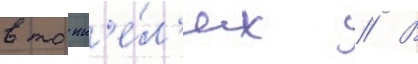
в тонн'е́л'ях // В